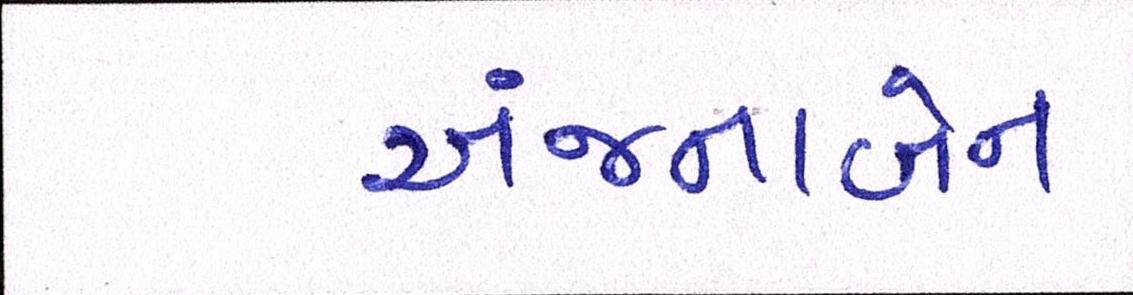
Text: અંજનાબેન